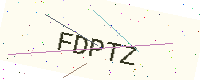
Text: FDPTZ